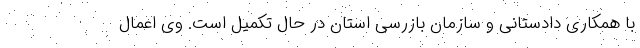
با همکاری دادستانی و سازمان بازرسی استان در حال تکمیل است. وی اعمال